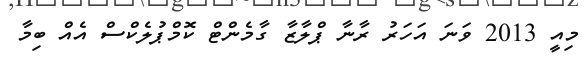
މިއީ 2013 ވަނަ އަހަރު ރާނާ ޕްލާޒާ ގާމެންޓް ކޮމްޕުލެކްސް އެއް ބިމާ